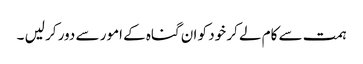
ہمت سے کام لے کر خود کو ان گناہ کے امور سے دور کر لیں ۔